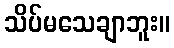
သိပ်မသေချာဘူး။